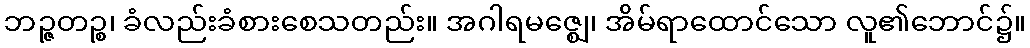
ဘဉ္ဇတဉ္စ၊ ခံလည်းခံစားစေသတည်း။ အဂါရမဇ္ဈေ၊ အိမ်ရာထောင်သော လူ၏ဘောင်၌။